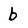
Character: b